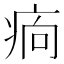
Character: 𤵼